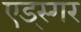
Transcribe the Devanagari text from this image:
एड्स्गर